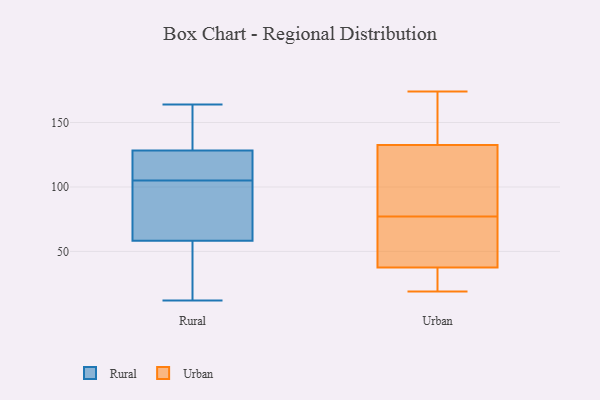
{"axis": {"x": "Tickets Resolved", "y": "Value"}, "legend": ["Rural", "Urban"], "data": [{"x": "", "y": 109, "type": "Rural"}, {"x": "", "y": 78, "type": "Rural"}, {"x": "", "y": 96, "type": "Rural"}, {"x": "", "y": 141, "type": "Rural"}, {"x": "", "y": 164, "type": "Rural"}, {"x": "", "y": 29, "type": "Rural"}, {"x": "", "y": 12, "type": "Rural"}, {"x": "", "y": 135, "type": "Rural"}, {"x": "", "y": 116, "type": "Rural"}, {"x": "", "y": 126, "type": "Rural"}, {"x": "", "y": 105, "type": "Rural"}, {"x": "", "y": 29, "type": "Rural"}, {"x": "", "y": 68, "type": "Rural"}, {"x": "", "y": 107, "type": "Urban"}, {"x": "", "y": 24, "type": "Urban"}, {"x": "", "y": 126, "type": "Urban"}, {"x": "", "y": 46, "type": "Urban"}, {"x": "", "y": 77, "type": "Urban"}, {"x": "", "y": 174, "type": "Urban"}, {"x": "", "y": 139, "type": "Urban"}, {"x": "", "y": 74, "type": "Urban"}, {"x": "", "y": 162, "type": "Urban"}, {"x": "", "y": 102, "type": "Urban"}, {"x": "", "y": 172, "type": "Urban"}, {"x": "", "y": 75, "type": "Urban"}, {"x": "", "y": 156, "type": "Urban"}, {"x": "", "y": 77, "type": "Urban"}, {"x": "", "y": 19, "type": "Urban"}, {"x": "", "y": 62, "type": "Urban"}, {"x": "", "y": 21, "type": "Urban"}, {"x": "", "y": 117, "type": "Urban"}, {"x": "", "y": 29, "type": "Urban"}, {"x": "", "y": 20, "type": "Urban"}]}